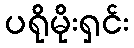
ပရိုမိုးရှင်း